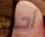
أحد